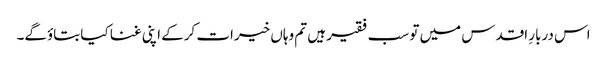
اس دربارِ اقدس میں تو سب فقیر ہیں تم وہاں خیرات کرکے اپنی غنا کیا بتاؤگے۔